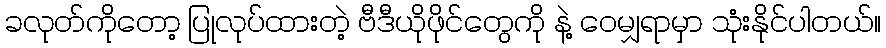
ခလုတ်ကိုတော့ ပြုလုပ်ထားတဲ့ ဗီဒီယိုဖိုင်တွေကို နဲ့ ဝေမျှရာမှာ သုံးနိုင်ပါတယ်။